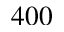
4 0 0